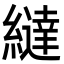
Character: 繨